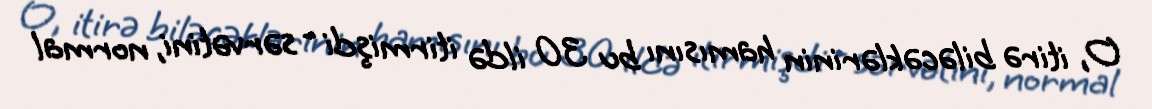
O, itirə biləcəklərinin hamısını bu 30 ildə itirmişdi - sərvətini, normal